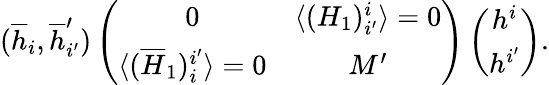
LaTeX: (\overline{{{h}}}_{i},\overline{{{h}}}_{i^{\prime}}^{\prime})\left(\begin{array}{cc}{{0}}&{{\langle(H_{1})_{i^{\prime}}^{i}\rangle=0}}\\ {{\langle(\overline{{{H}}}_{1})_{i}^{i^{\prime}}\rangle=0}}&{{M^{\prime}}}\end{array}\right)\left(\begin{array}{c}{{h^{i}}}\\ {{h^{i^{\prime}}}}\end{array}\right).